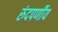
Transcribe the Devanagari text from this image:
रुंदपर्णीय